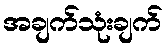
အချက်သုံးချက်